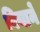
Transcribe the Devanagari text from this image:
बियाने